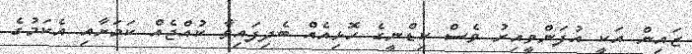
ޒައިން އަކީ އުފަންވީއިރު ވެސް ކިޑްނީގެ ހޮޅިއެއް ބެދިފައިވާ ކުއްޖެއް ކަމަށާއި އެކަމުގެ